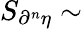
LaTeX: S_{\partial^{n}{\eta}}\sim